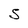
Character: S